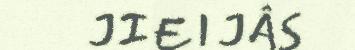
JIEIJÂS